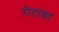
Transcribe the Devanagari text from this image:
रोटांडा